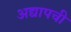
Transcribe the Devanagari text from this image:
अद्यापची